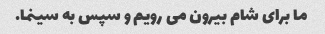
ما برای شام بیرون می رویم و سپس به سینما.